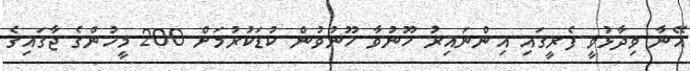
އޭނާ ވިދާޅުވީ ފެރީގައި އިންނައިރު ހޫނުވާ ހޫނުވުން ކުޑަކުރުމަށް 200 މީހުންގެ ޖާގައިގެ